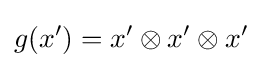
g(x')=x'\otimes x'\otimes x'